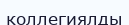
коллегиялды